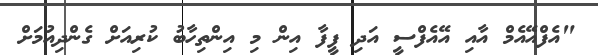
"އެފްއޭއެމް އާއި އޭއެފްސީ އަދި ފީފާ އިން މި އިންތިހާބު ކުރިއަށް ގެންދިއުމަށް